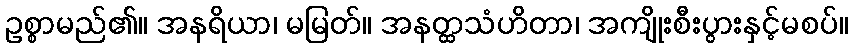
ဥစ္စာမည်၏။ အနရိယာ၊ မမြတ်။ အနတ္ထသံဟိတာ၊ အကျိုးစီးပွားနှင့်မစပ်။